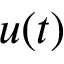
u ( t )